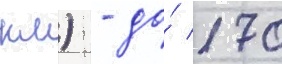
км) - до́ 170